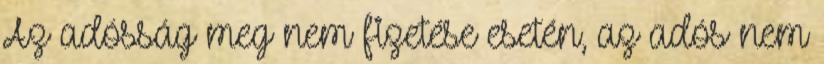
Az adósság meg nem fizetése esetén, az adós nem